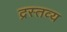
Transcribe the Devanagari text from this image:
द्रस्तव्य